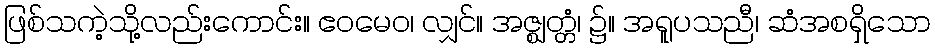
ဖြစ်သကဲ့သို့လည်းကောင်း။ ဧဝမေဝ၊ လျှင်။ အဇ္ဈတ္တံ၊ ၌။ အရူပသညီ၊ ဆံအစရှိသော